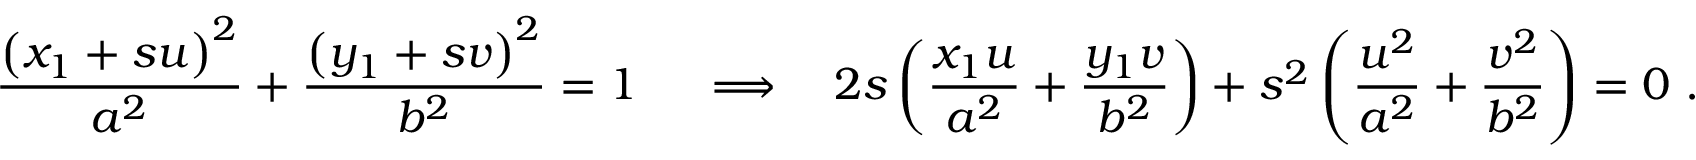
{ \frac { \left( x _ { 1 } + s u \right) ^ { 2 } } { a ^ { 2 } } } + { \frac { \left( y _ { 1 } + s v \right) ^ { 2 } } { b ^ { 2 } } } = 1 \ \quad \Longrightarrow \quad 2 s \left( { \frac { x _ { 1 } u } { a ^ { 2 } } } + { \frac { y _ { 1 } v } { b ^ { 2 } } } \right) + s ^ { 2 } \left( { \frac { u ^ { 2 } } { a ^ { 2 } } } + { \frac { v ^ { 2 } } { b ^ { 2 } } } \right) = 0 \ .